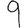
Digit: 9